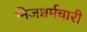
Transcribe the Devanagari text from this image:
निजधर्मचारी